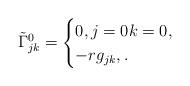
LaTeX: \begin{align*}\tilde{\Gamma}^0_{jk}=\begin{cases}0, j=0 k=0,\\-rg_{jk}, .\end{cases}\end{align*}